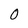
Character: 0